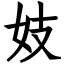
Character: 妓